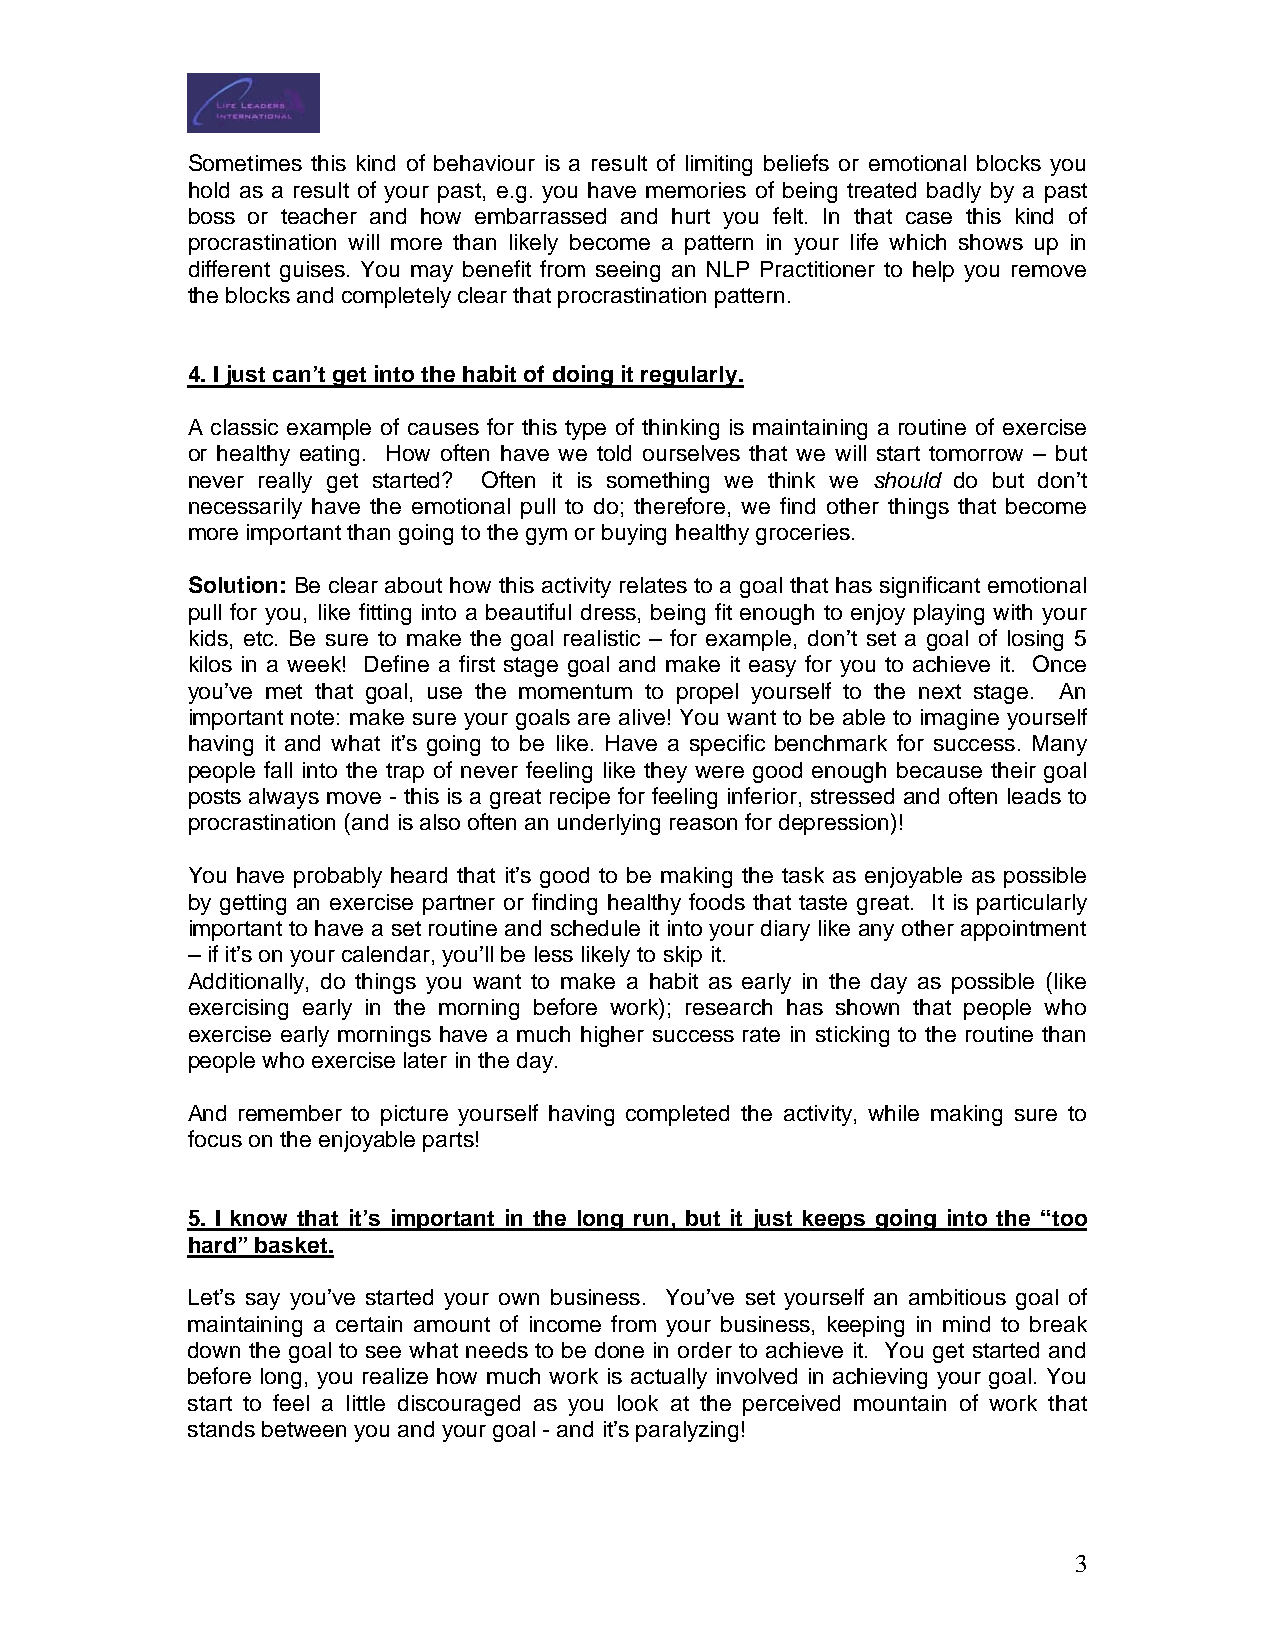
Sometimes this kind of behaviour is a result of limiting beliefs or emotional blocks you
 hold as a result of your past, e.g. you have memories of being treated badly by a past
 boss or teacher and how embarrassed and hurt you felt. In that case this kind of
 procrastination will more than likely become a pattern in your life which shows up in
 different guises. You may benefit from seeing an NLP Practitioner to help you remove
 the blocks and completely clear that procrastination pattern.
 4. I just can’t get into the habit of doing it regularly.
 A classic example of causes for this type of thinking is maintaining a routine of exercise
 or healthy eating. How often have we told ourselves that we will start tomorrow – but
 never really get started? Often it is something we think we should do but don’t
 necessarily have the emotional pull to do; therefore, we find other things that become
 more important than going to the gym or buying healthy groceries.
 Solution: Be clear about how this activity relates to a goal that has significant emotional
 pull for you, like fitting into a beautiful dress, being fit enough to enjoy playing with your
 kids, etc. Be sure to make the goal realistic – for example, don’t set a goal of losing 5
 kilos in a week! Define a first stage goal and make it easy for you to achieve it. Once
 you’ve met that goal, use the momentum to propel yourself to the next stage. An
 important note: make sure your goals are alive! You want to be able to imagine yourself
 having it and what it’s going to be like. Have a specific benchmark for success. Many
 people fall into the trap of never feeling like they were good enough because their goal
 posts always move - this is a great recipe for feeling inferior, stressed and often leads to
 procrastination (and is also often an underlying reason for depression)!
 You have probably heard that it’s good to be making the task as enjoyable as possible
 by getting an exercise partner or finding healthy foods that taste great. It is particularly
 important to have a set routine and schedule it into your diary like any other appointment
 – if it’s on your calendar, you’ll be less likely to skip it.
 Additionally, do things you want to make a habit as early in the day as possible (like
 exercising early in the morning before work); research has shown that people who
 exercise early mornings have a much higher success rate in sticking to the routine than
 people who exercise later in the day.
 And remember to picture yourself having completed the activity, while making sure to
 focus on the enjoyable parts!
 5. I know that it’s important in the long run, but it just keeps going into the “too
 hard” basket.
 Let’s say you’ve started your own business. You’ve set yourself an ambitious goal of
 maintaining a certain amount of income from your business, keeping in mind to break
 down the goal to see what needs to be done in order to achieve it. You get started and
 before long, you realize how much work is actually involved in achieving your goal. You
 start to feel a little discouraged as you look at the perceived mountain of work that
 stands between you and your goal - and it’s paralyzing!
 3